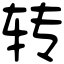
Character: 转